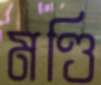
মণ্ডি